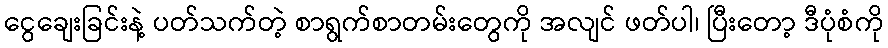
ငွေချေးခြင်းနဲ့ ပတ်သက်တဲ့ စာရွက်စာတမ်းတွေကို အလျင် ဖတ်ပါ၊ ပြီးတော့ ဒီပုံစံကို